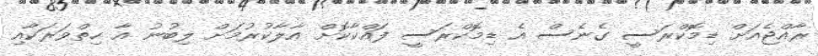
ރާއްޖެއަށް ޑިމޮކްރަސީ ގެނެސް އެ ޑިމޮކްރަސީ ފައްކާކޮށް އާލާކުރުމަށް ލިބުނު އާ ހިތްވަރަކާއި